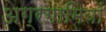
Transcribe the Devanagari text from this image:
अग्रगामियों